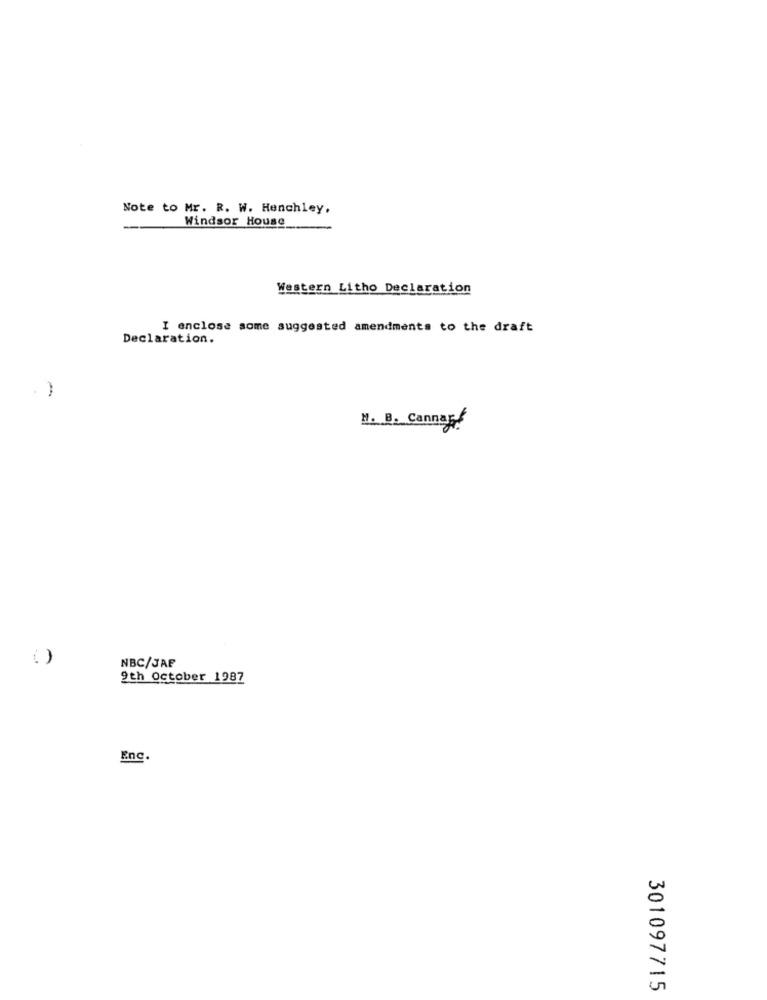
Note to Mr. R. W. Henchley.
Windsor House
Western Litho Declaration
I enclose some suggested amendments to the draft
Declaration.
-
N. B. Cannar
( )
NBC/JAF
9th October 1987
Enc.
301097715